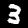
Digit: 3